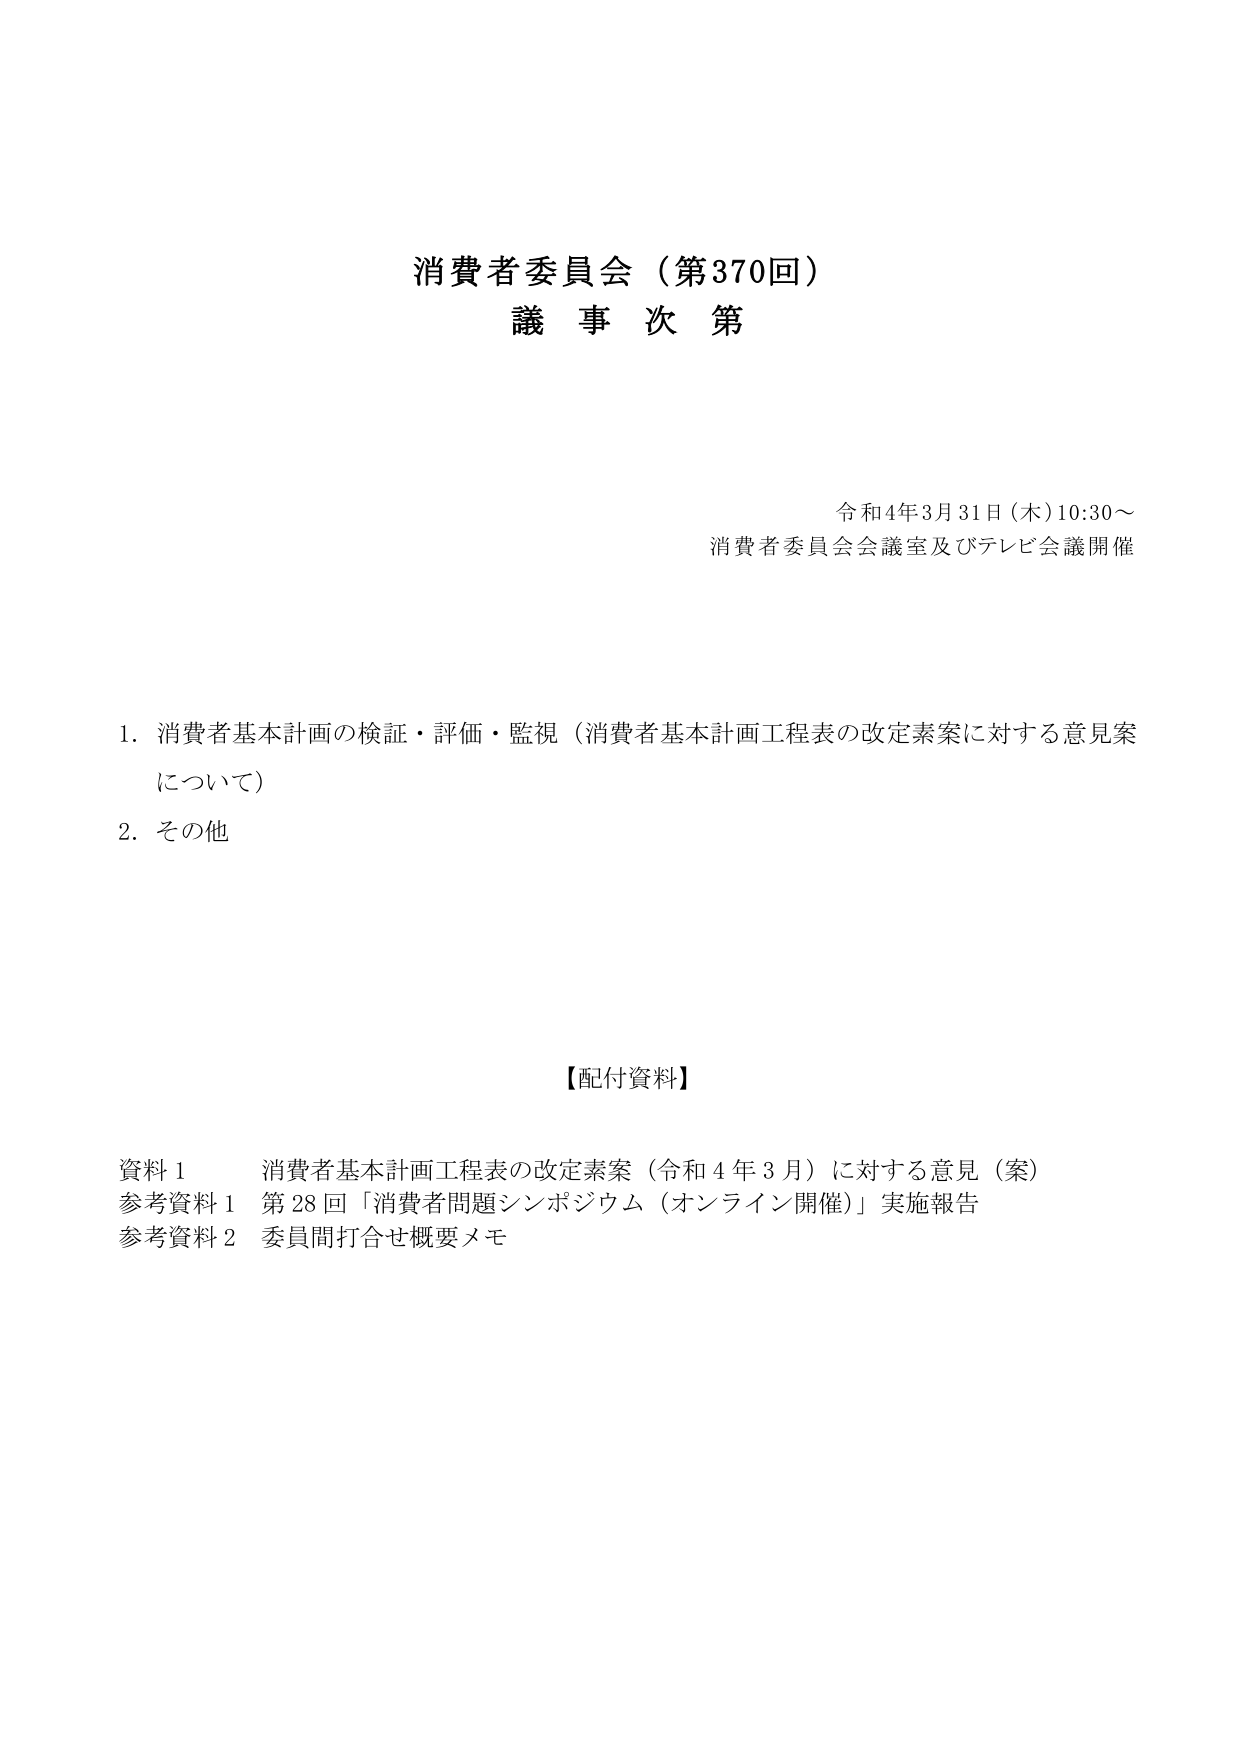
消費者委員会（第370回）
議事次第

令和4年3月31日（木）10:30～
消費者委員会会議室及びテレビ会議開催

1. 消費者基本計画の検証・評価・監視（消費者基本計画工程表の改定素案に対する意見案について）
2. その他

【配付資料】
資料1　消費者基本計画工程表の改定素案（令和4年3月）に対する意見（案）
参考資料1　第28回「消費者問題シンポジウム（オンライン開催）」実施報告
参考資料2　委員間打合せ概要メモ